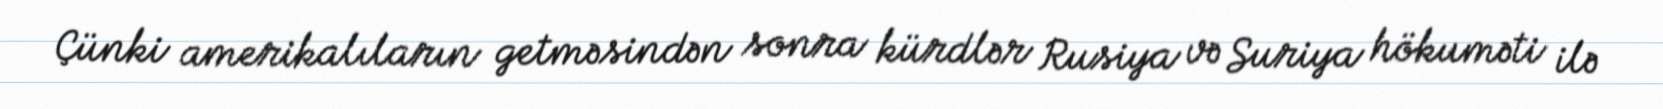
Çünki amerikalıların getməsindən sonra kürdlər Rusiya və Suriya hökuməti ilə